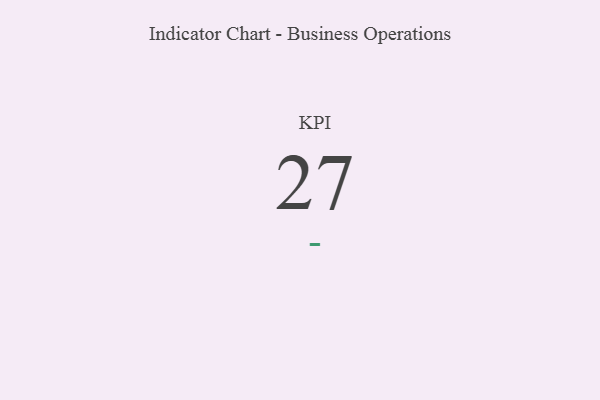
{"axis": {"x": "KPI", "y": "Value"}, "legend": [""], "data": [{"x": "KPI", "y": 27, "type": ""}]}